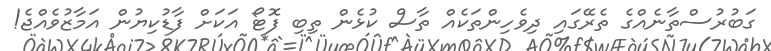
ގަބުރުސްތާނެއްގެ ތެރޭގައި ދިވެހިންތަކެއް ތާސް ކުޅެން ތިބި ފޮޓޯ އަކަށް ފާޑުކިޔުން އަމާޒުވެއްޖެ!